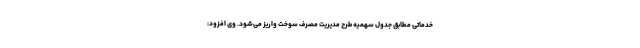
خدماتی مطابق جدول سهمیه طرح مدیریت مصرف سوخت واریز می‌شود. وی افزود: